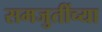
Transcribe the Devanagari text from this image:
समजुतींच्या